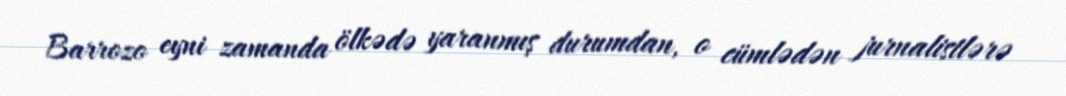
Barrozo eyni zamanda ölkədə yaranmış durumdan, o cümlədən jurnalistlərə